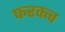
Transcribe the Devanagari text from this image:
फरकच